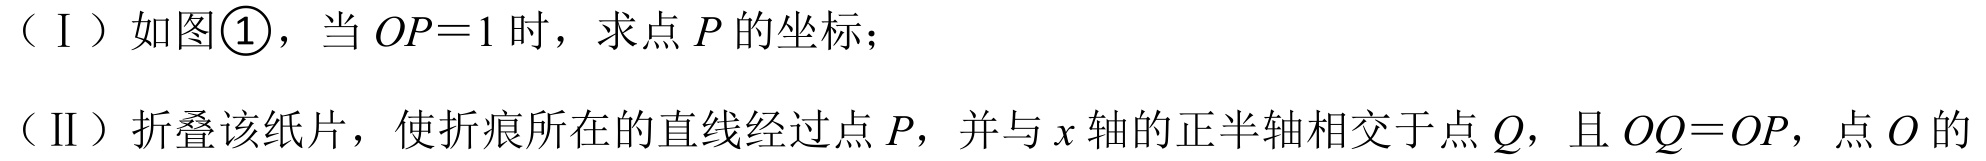
（Ⅰ）如图\textcircled{1}，当 \(OP = 1\) 时，求点 \(P\) 的坐标；

（Ⅱ）折叠该纸片，使折痕所在的直线经过点 \(P\)，并与 \(x\) 轴的正半轴相交于点 \(Q\)，且 \(OQ = OP\)，点 \(O\) 的